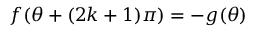
f ( \theta + ( 2 k + 1 ) \pi ) = - g ( \theta )